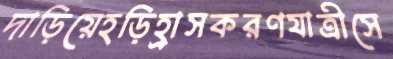
দাড়িয়েহড়িহ্রাসকরণযাত্রীসে